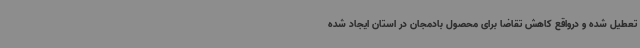
تعطیل شده و درواقع کاهش تقاضا برای محصول بادمجان در استان ایجاد شده